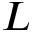
L